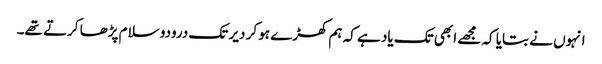
انہوں نے بتایا کہ مجھے ابھی تک یاد ہے کہ ہم کھڑے ہو کر دیر تک درودو سلام پڑھا کرتے تھے۔